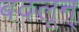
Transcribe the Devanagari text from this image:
बदलून्